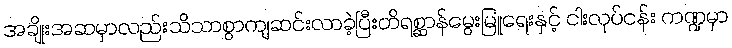
အချိုးအဆမှာလည်းသိသာစွာကျဆင်းလာခဲ့ပြီးတိရစ္ဆာန်မွေးမြူရေးနှင့် ငါးလုပ်ငန်း ကဏ္ဍမှာ